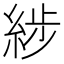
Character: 𦁗